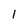
Character: 1